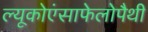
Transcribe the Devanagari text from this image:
ल्यूकोएंसाफेलोपैथी